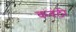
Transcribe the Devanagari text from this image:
कवंठी